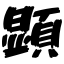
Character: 顕